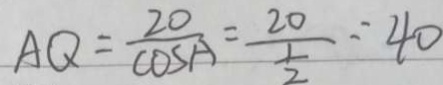
A Q = \frac { 2 0 } { \cos A } = \frac { 2 0 } { \frac { 1 } { 2 } } = 4 0